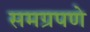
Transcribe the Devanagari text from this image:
समग्रपणे